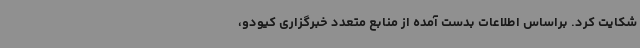
شکایت کرد. براساس اطلاعات بدست آمده از منابع متعدد خبرگزاری کیودو،